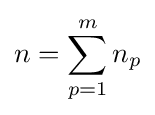
n=\sum _{p=1}^{m}n_{p}